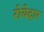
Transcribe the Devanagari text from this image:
रोयेदार